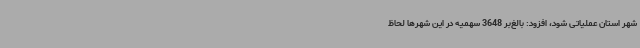
شهر استان عملیاتی شود، افزود: بالغ‌بر 3648 سهمیه در این شهرها لحاظ